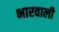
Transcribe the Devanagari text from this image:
भारवाली